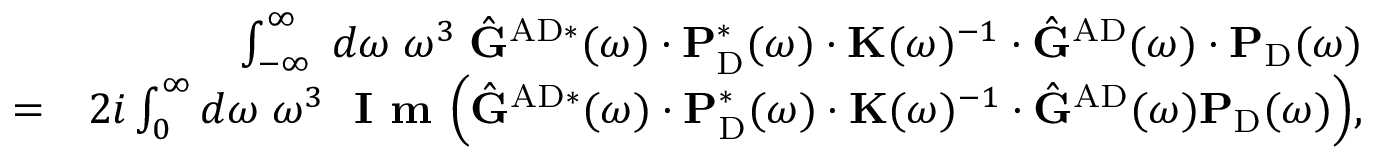
\begin{array} { r l r } & { } & { \int _ { - \infty } ^ { \infty } \; d \omega \; \omega ^ { 3 } \; \hat { \mathbf { G } } ^ { \mathrm { A D } * } ( \omega ) \cdot \mathbf { P } _ { \mathrm { D } } ^ { * } ( \omega ) \cdot \mathbf { K } ( \omega ) ^ { - 1 } \cdot \hat { \mathbf { G } } ^ { \mathrm { A D } } ( \omega ) \cdot \mathbf { P } _ { \mathrm { D } } ( \omega ) } \\ & { = } & { 2 i \int _ { 0 } ^ { \infty } d \omega \; \omega ^ { 3 } \; \textbf { I m } \Big ( \hat { \mathbf { G } } ^ { \mathrm { A D } * } ( \omega ) \cdot \mathbf { P } _ { \mathrm { D } } ^ { * } ( \omega ) \cdot \mathbf { K } ( \omega ) ^ { - 1 } \cdot \hat { \mathbf { G } } ^ { \mathrm { A D } } ( \omega ) \mathbf { P } _ { \mathrm { D } } ( \omega ) \Big ) , } \end{array}